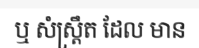
ឬ សំស្ត្រឹត ដែល មាន